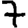
Digit: 7